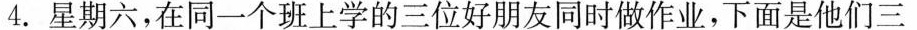
4. 星期六，在同一个班上学的三位好朋友同时做作业，下面是他们三